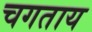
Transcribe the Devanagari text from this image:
चगताय